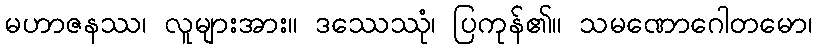
မဟာဇနဿ၊ လူများအား။ ဒဿေဿုံ၊ ပြကုန်၏။ သမဏောဂေါတမော၊